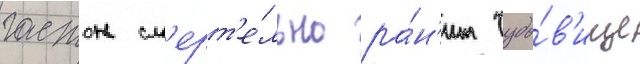
гастон см'ерт'е́льно ра́н'ит чудо́в'ище